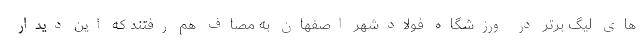
های لیگ برتر در ورزشگاه فولادشهر اصفهان به مصاف هم رفتند که این دیدار